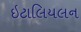
ઇટાલિયલન